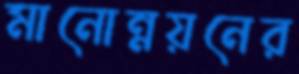
মানোন্নয়নের